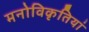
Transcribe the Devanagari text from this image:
मनोविकृतियां